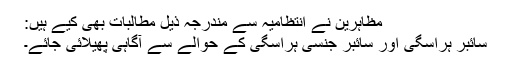
مظاہرین نے انتظامیہ سے مندرجہ ذیل مطالبات بھی کیے ہیں:
سائبر ہراسگی اور سائبر جنسی ہراسگی کے حوالے سے آگاہی پھیلائی جائے۔